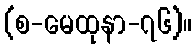
(စ-မေထုနာ-၇၆)။